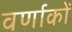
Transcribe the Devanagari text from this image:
वर्णाकों